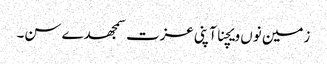
زمین نوں ویچنا آپنی عزت سمجھدے سن۔